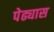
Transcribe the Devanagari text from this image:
पेढ्यास